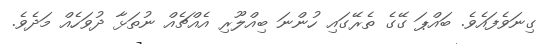
ގިނަވެފައެވެ. ބައްޕަ ގޭގެ ތެރޭގައި ހުންނަ ބިއްލޫރި އެއްޗެއް ނުތަޅާ ދުވަހެއް މަދެވެ.